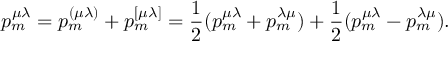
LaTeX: p _ { m } ^ { \mu \lambda } = p _ { m } ^ { ( \mu \lambda ) } + p _ { m } ^ { [ \mu \lambda ] } = \frac 1 2 ( p _ { m } ^ { \mu \lambda } + p _ { m } ^ { \lambda \mu } ) + \frac 1 2 ( p _ { m } ^ { \mu \lambda } - p _ { m } ^ { \lambda \mu } ) .